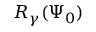
R _ { \gamma } ( \Psi _ { 0 } )